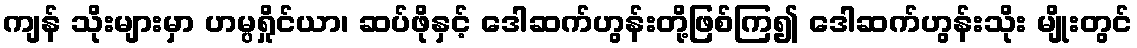
ကျန် သိုးများမှာ ဟမ္ပရှိုင်ယာ၊ ဆပ်ဖိုနှင့် ဒေါဆက်ဟွန်းတို့ဖြစ်ကြ၍ ဒေါဆက်ဟွန်းသိုး မျိုးတွင်